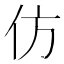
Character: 仿